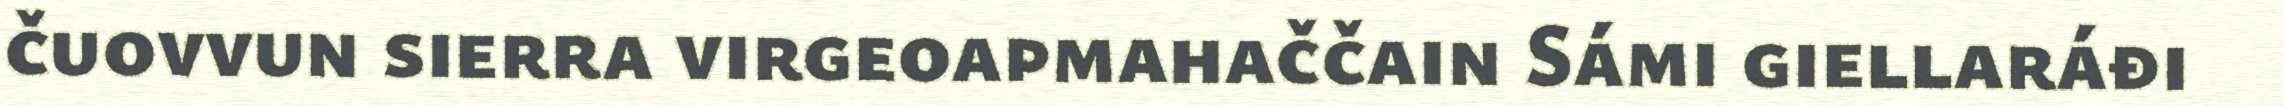
čuovvun sierra virgeoapmahaččain Sámi giellaráđi